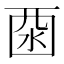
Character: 𱦆